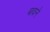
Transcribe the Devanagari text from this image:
बावने